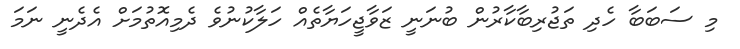
މި ސަބަބާ ހެދި ތަޖުރިބާކާރުން ބުނަނީ ޒަވާޖީހަޔާތެއް ހަލާކުނުވެ ދެމިއޮތުމަށް އެދެނީ ނަމަ